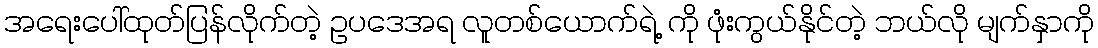
အရေးပေါ်ထုတ်ပြန်လိုက်တဲ့ ဥပဒေအရ လူတစ်ယောက်ရဲ့ ကို ဖုံးကွယ်နိုင်တဲ့ ဘယ်လို မျက်နှာကို